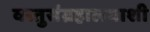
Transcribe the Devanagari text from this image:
वस्तुसंग्रहालयाशी